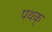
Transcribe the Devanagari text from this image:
पथक्